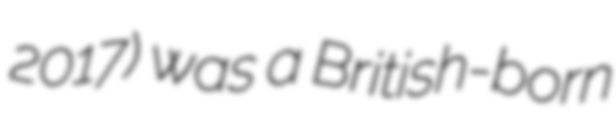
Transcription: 2017) was a British-born